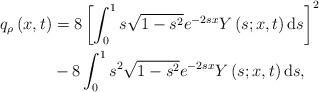
LaTeX: \begin{align*}q_{\rho}\left( x,t\right) & =8\left[ \int_{0}^{1}s\sqrt{1-s^{2}}e^{-2sx}Y\left( s;x,t\right) \mathrm{d}s\right] ^{2}\\& -8\int_{0}^{1}s^{2}\sqrt{1-s^{2}}e^{-2sx}Y\left( s;x,t\right)\mathrm{d}s,\end{align*}